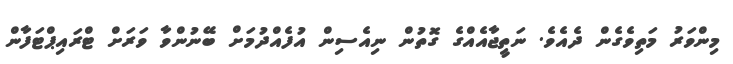
މިންވަރު މަތިވެގެން ދެއެވެ. ނަތީޖާއެއްގެ ގޮތުން ނިއެސިން އުފެއްދުމަށް ބޭނުންވާ ވަރަށް ޓްރައިޕްޓަފާން